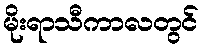
မိုးရာသီကာလတွင်